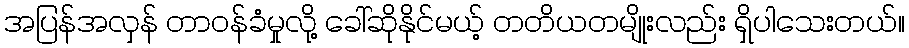
အပြန်အလှန် တာဝန်ခံမှုလို့ ခေါ်ဆိုနိုင်မယ့် တတိယတမျိုးလည်း ရှိပါသေးတယ်။